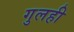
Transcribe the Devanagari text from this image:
गुलही